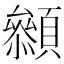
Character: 𩕞